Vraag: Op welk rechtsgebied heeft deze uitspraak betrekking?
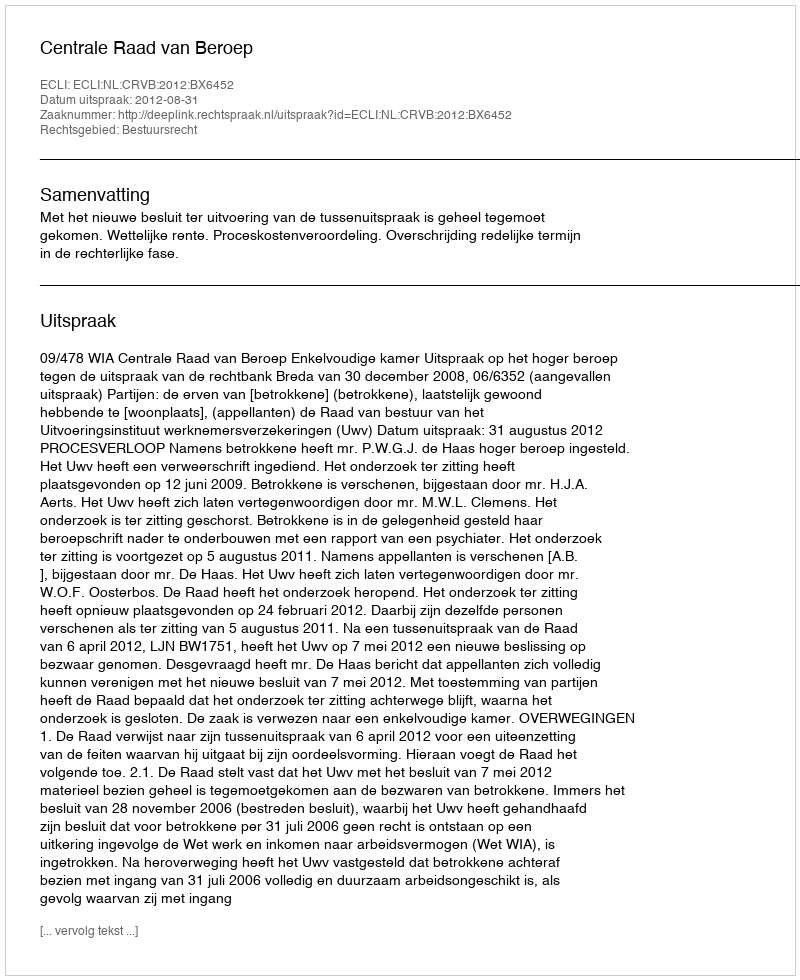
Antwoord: Bestuursrecht